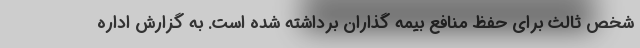
شخص ثالث برای حفظ منافع بیمه گذاران برداشته شده است. به گزارش اداره